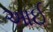
આઈ